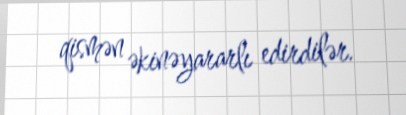
qismən əkinəyararlı edirdilər.